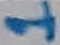
Text: 1